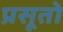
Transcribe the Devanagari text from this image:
प्रसूतो